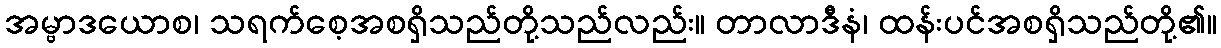
အမ္ဗာဒယောစ၊ သရက်စေ့အစရှိသည်တို့သည်လည်း။ တာလာဒီနံ၊ ထန်းပင်အစရှိသည်တို့၏။